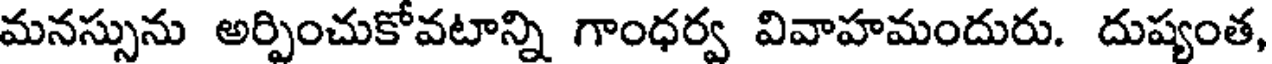
మనస్సును అర్పించుకోవటాన్ని గాంధర్వ వివాహమందురు. దుష్యంత,